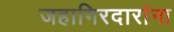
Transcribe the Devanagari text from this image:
जहागिरदारांना